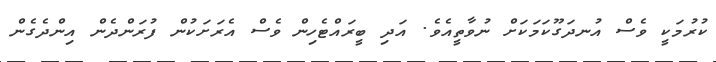
ކުރުމަކީ ވެސް އުނދަގޫކަމަކަށް ނުވާތީއެވެ. އަދި ބީރައްޓެހިން ވެސް އެރަށަކުން ފުރަންދެން އިންދެގެން